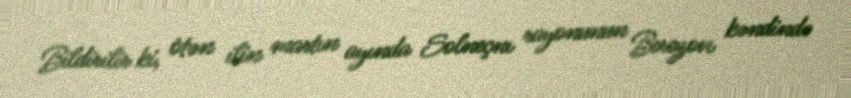
Bildirilir ki, ötən ilin martın ayında Solneçnı rayonunun Berezovı kəndində